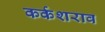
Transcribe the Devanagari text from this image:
कर्कशराव